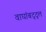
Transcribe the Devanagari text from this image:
वाघांबद्द्ल